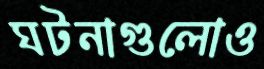
ঘটনাগুলোও